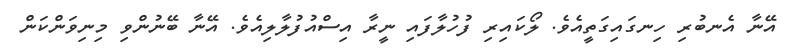
އޭނާ އެނބުރި ހިނގައިގަތީއެވެ. ލޯކައިރި ފުހުލާފައި ނީރާ އިސްއުފުލާލިއެވެ. އޭނާ ބޭނުންވި މިނިވަންކަން